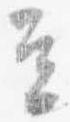
立